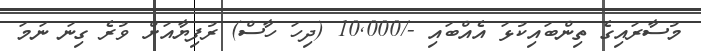
މުސާރައިގެ ތިންބައިކުޅަ އެއްބައި -/10